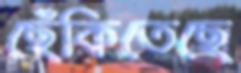
ছেঁকিতেছে